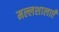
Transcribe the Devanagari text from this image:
मल्लशालाएँ